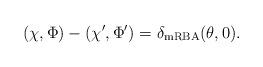
LaTeX: \begin{align*}(\chi, \Phi) - (\chi', \Phi') = \delta_\mathrm{mRBA} (\theta, 0).\end{align*}